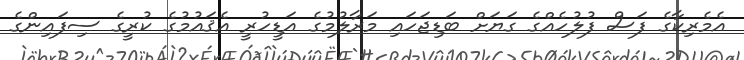
އެމެރިކާގެ ފަސް ފުލުހެއްގެ ގަޔަށް ބަޑިޖަހައި މަރާލުމުގެ އަޑީހުރީ އެޤައުމުގެ ކުރީގެ ސިފައިންގެ